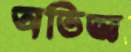
অভিজ্ঞ